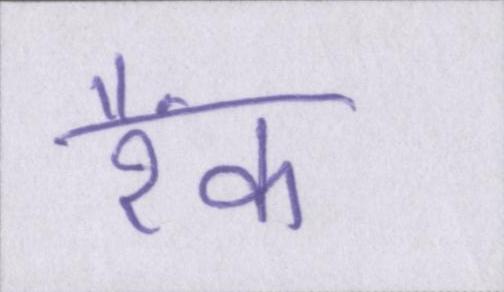
रैंक